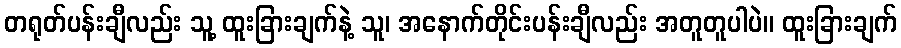
တရုတ်ပန်းချီလည်း သူ့ ထူးခြားချက်နဲ့ သူ၊ အနောက်တိုင်းပန်းချီလည်း အတူတူပါပဲ။ ထူးခြားချက်